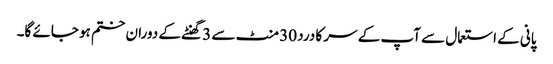
پانی کے استعمال سے آپ کے سر کا درد 30 منٹ سے 3 گھنٹے کے دوران ختم ہو جائے گا۔